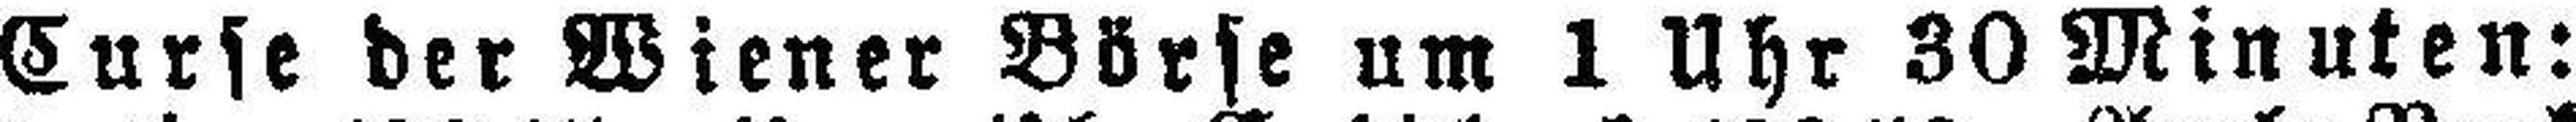
Curse der Wiener Börse um 1 Uhr 30 Minuten: